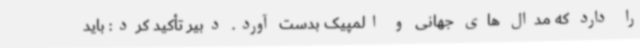
را دارد که مدال های جهانی و المپیک بدست آورد. دبیر تأکید کرد: باید